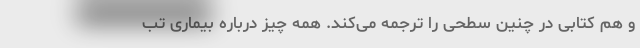
و هم کتابی در چنین سطحی را ترجمه می‌کند. همه چیز درباره بیماری تب